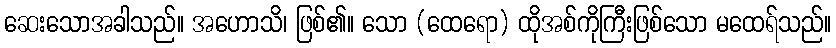
ဆေးသောအခါသည်။ အဟောသိ၊ ဖြစ်၏။ သော (ထေရော) ထိုအစ်ကိုကြီးဖြစ်သော မထေရ်သည်။